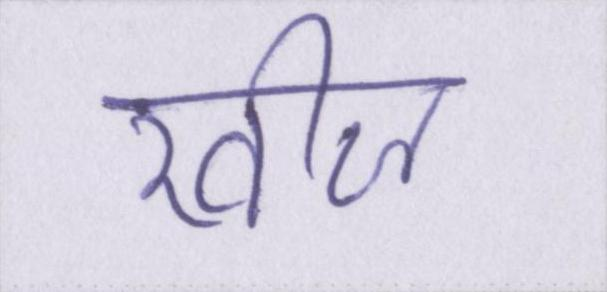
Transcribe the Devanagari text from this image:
खीज